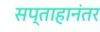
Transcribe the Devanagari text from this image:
सप्ताहानंतर